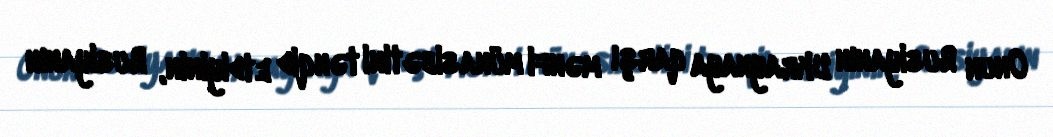
Onun Rusiyanın Ukraynaya qarşı mənfi münasibətini tənqid etdiyinin, Rusiyanın